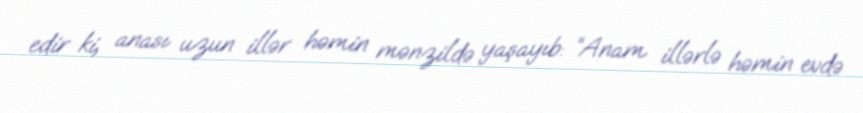
edir ki, anası uzun illər həmin mənzildə yaşayıb: “Anam illərlə həmin evdə